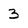
Character: 3